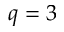
q = 3